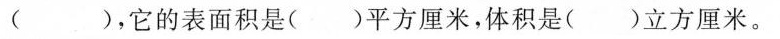
()，它的表面积是()平方厘米，体积是()立方厘米。